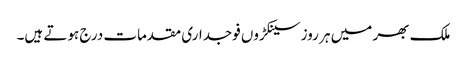
ملک بھر میں ہر روز سینکڑوں فوجداری مقدمات درج ہوتے ہیں۔